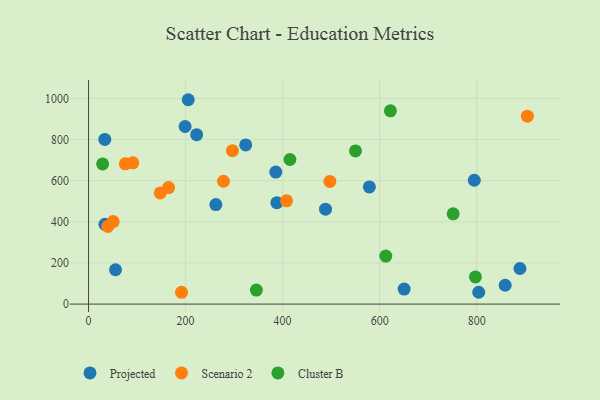
{"axis": {"x": "Ad Spend", "y": "Profit"}, "legend": ["Cluster B", "Projected", "Scenario 2"], "data": [{"x": "323.9", "y": 773.9, "type": "Projected"}, {"x": "222.8", "y": 823.9, "type": "Projected"}, {"x": "578.8", "y": 569.7, "type": "Projected"}, {"x": "858.7", "y": 91.6, "type": "Projected"}, {"x": "804.2", "y": 57.6, "type": "Projected"}, {"x": "385.9", "y": 641.9, "type": "Projected"}, {"x": "199.0", "y": 863.5, "type": "Projected"}, {"x": "889.2", "y": 173.0, "type": "Projected"}, {"x": "33.5", "y": 800.6, "type": "Projected"}, {"x": "488.4", "y": 461.6, "type": "Projected"}, {"x": "650.5", "y": 72.9, "type": "Projected"}, {"x": "795.1", "y": 602.0, "type": "Projected"}, {"x": "388.1", "y": 493.0, "type": "Projected"}, {"x": "205.5", "y": 993.6, "type": "Projected"}, {"x": "33.8", "y": 387.6, "type": "Projected"}, {"x": "262.4", "y": 483.7, "type": "Projected"}, {"x": "55.6", "y": 167.0, "type": "Projected"}, {"x": "91.2", "y": 686.7, "type": "Scenario 2"}, {"x": "147.8", "y": 540.6, "type": "Scenario 2"}, {"x": "75.7", "y": 681.9, "type": "Scenario 2"}, {"x": "296.5", "y": 746.0, "type": "Scenario 2"}, {"x": "164.9", "y": 566.6, "type": "Scenario 2"}, {"x": "191.6", "y": 57.4, "type": "Scenario 2"}, {"x": "278.1", "y": 597.3, "type": "Scenario 2"}, {"x": "904.5", "y": 913.4, "type": "Scenario 2"}, {"x": "50.7", "y": 401.3, "type": "Scenario 2"}, {"x": "497.4", "y": 596.6, "type": "Scenario 2"}, {"x": "39.7", "y": 377.8, "type": "Scenario 2"}, {"x": "408.1", "y": 501.9, "type": "Scenario 2"}, {"x": "612.7", "y": 233.5, "type": "Cluster B"}, {"x": "797.4", "y": 131.8, "type": "Cluster B"}, {"x": "29.0", "y": 681.5, "type": "Cluster B"}, {"x": "415.1", "y": 702.9, "type": "Cluster B"}, {"x": "345.9", "y": 68.1, "type": "Cluster B"}, {"x": "550.2", "y": 744.7, "type": "Cluster B"}, {"x": "622.2", "y": 939.6, "type": "Cluster B"}, {"x": "751.5", "y": 438.7, "type": "Cluster B"}]}